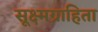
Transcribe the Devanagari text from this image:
सूक्ष्मग्राहिता